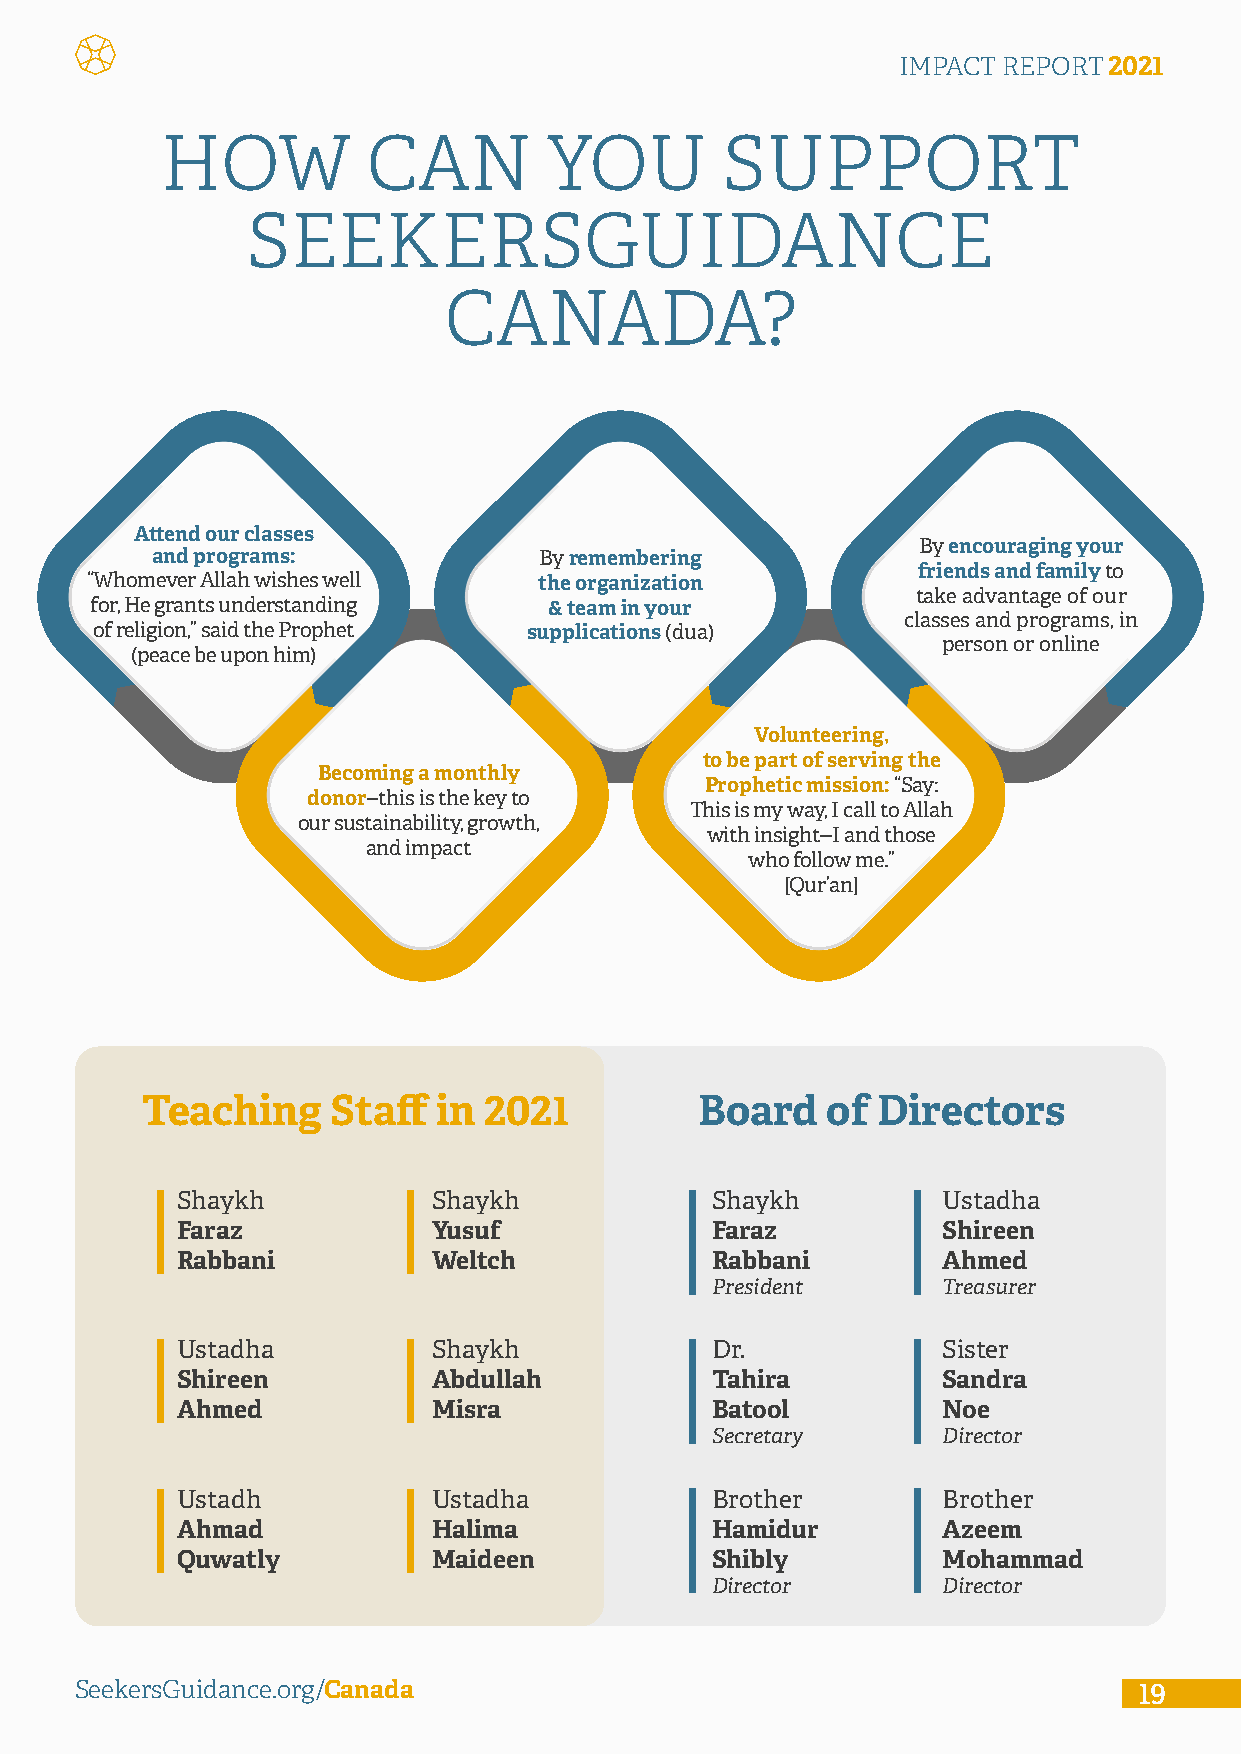
IMPACT REPORT2021
 HOW          CAN         YOU         SUPPORT
 SEEKERSGUIDANCE
 CANADA?
 Attend our classes
 By encouraging your
 and programs:             By remembering
 friends and family to
 “Whomever Allah wishes well   the organization
 take advantage of our
 for, He grants understanding  & team in your
 classes and programs, in
 of religion,” said the Prophet supplications (dua)
 person or online
 (peace be upon him)
 Volunteering,
 to be part of serving the
 Becoming a monthly
 Prophetic mission: “Say:
 donor--this is the key to
 This is my way, I call to Allah
 our sustainability, growth,
 with insight--I and those
 and impact
 who follow me.”
 [Qur’an]
 Teaching     Staff  in 2021          Board    of Directors
 Shaykh           Shaykh            Shaykh         Ustadha
 Faraz            Yusuf             Faraz          Shireen
 Rabbani          Weltch            Rabbani        Ahmed
 President      Treasurer
 Ustadha          Shaykh            Dr.            Sister
 Shireen          Abdullah          Tahira         Sandra
 Ahmed            Misra             Batool         Noe
 Secretary      Director
 Ustadh           Ustadha           Brother        Brother
 Ahmad            Halima            Hamidur        Azeem
 Quwatly          Maideen           Shibly         Mohammad
 Director       Director
 SeekersGuidance.org/Canada                                            19